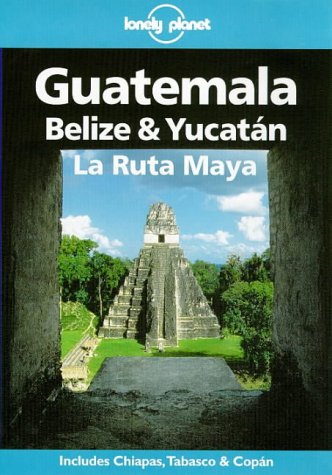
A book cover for Lonely Planet Guatemala, Belize & Yucatan LA Ruta Maya (Lonely Planet Travel Guides); Tom Brosnahan; Travel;